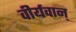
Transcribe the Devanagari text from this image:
वीर्यवान्